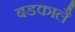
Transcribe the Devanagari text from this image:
बडकालै